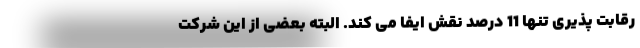
رقابت­ پذیری تنها 11 درصد نقش ایفا می­ کند. البته بعضی از این شرکت­